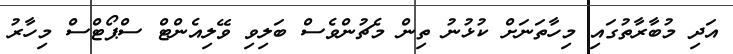
އަދި މުބާރާތުގައި މިހާތަނަށް ކުޅުނު ތިން މެޗުންވެސް ބަލިވި ވޭލިއެންޓް ސްޕޯޓްސް މިހާރު